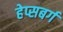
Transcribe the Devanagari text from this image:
हेप्सबर्ग